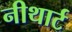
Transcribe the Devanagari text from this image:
नीथार्ट